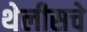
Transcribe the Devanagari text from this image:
थेलीसचे